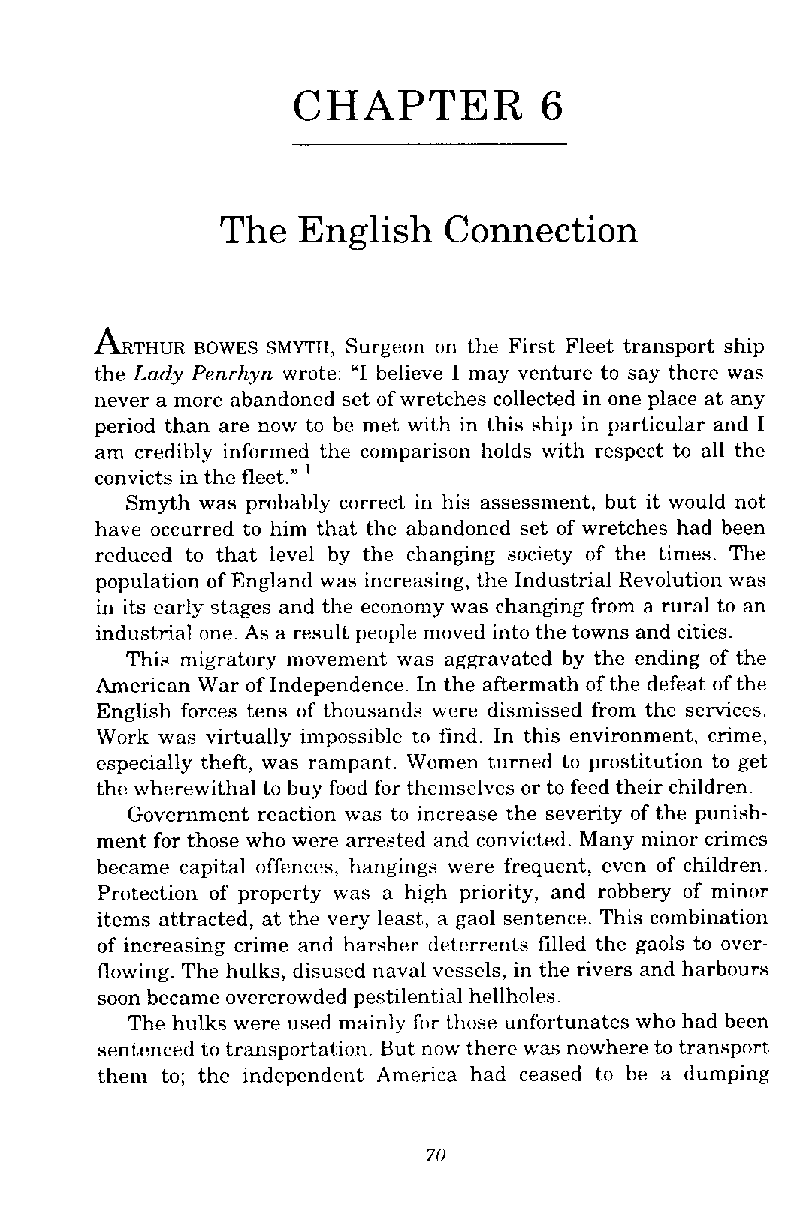
CHAPTER          6
 The  English  Connection
 ARTHUR BOWES SMYTH, Surgeon on the First Fleet transport ship
 the Lady Penrhyn wrote: "I believe I may venture to say there was
 never a more abandoned set of wretches collected in one place at any
 period than are now to be met with in this ship in particular and I
 am credibly informed the con~parisonh olds with respect to all the
 '
 convicts in the fleet."
 Smyth was probably correct in his assessment, but it would not
 have occurred to him that the abandoned set of wretches had been
 reduced to that level by the changing society of the times. The
 population of England was increasing, the Industrial Revolution was
 in its early stages and the economy was changing from a rural to an
 industrial one. As a result people moved into the towns and cities.
 This mib~atorym ovement was aggravated by the ending of the
 American War of Independence. In the aftermath of the defeat of the
 English forces tens of thousands were dismissed from the s e ~ c e s .
 Work was virtually impossible to find. In this environment, crime,
 especially theft, was rampant. Women turned to prostitution to get
 the wherewithal to buy food for themselves or to feed their children.
 Government reaction was to increase the severity of the punish-
 ment for those who were arrested and convicted. Many minor crimes
 became capital offences, hangings were frequent, even of children.
 Protection of property was a high priority, and robbery of minor
 items attracted, at the very least, a gaol sentence. This combination
 of increasing crime and harsher deterrents filled the gaols to over-
 flowing. The hulks, disused naval vessels, in the rivers and harbours
 soon became overcrowded pestilential hellholes.
 The hulks were used mainly for those unfortunates who had been
 sentenced to transportation. But now there was nowhere to transport
 them to; the independent America had ceased to be a dumping